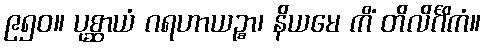
၉၅၀။ ပုစ္ဆာယံ ဂရဟာယဉ္စာ၊ နိယမေ ကိံ တိလိင်္ဂိကံ။